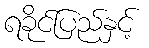
ရခိုင်ပြည်နှင့်